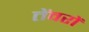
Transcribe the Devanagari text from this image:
तेंवरों